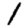
Digit: 1